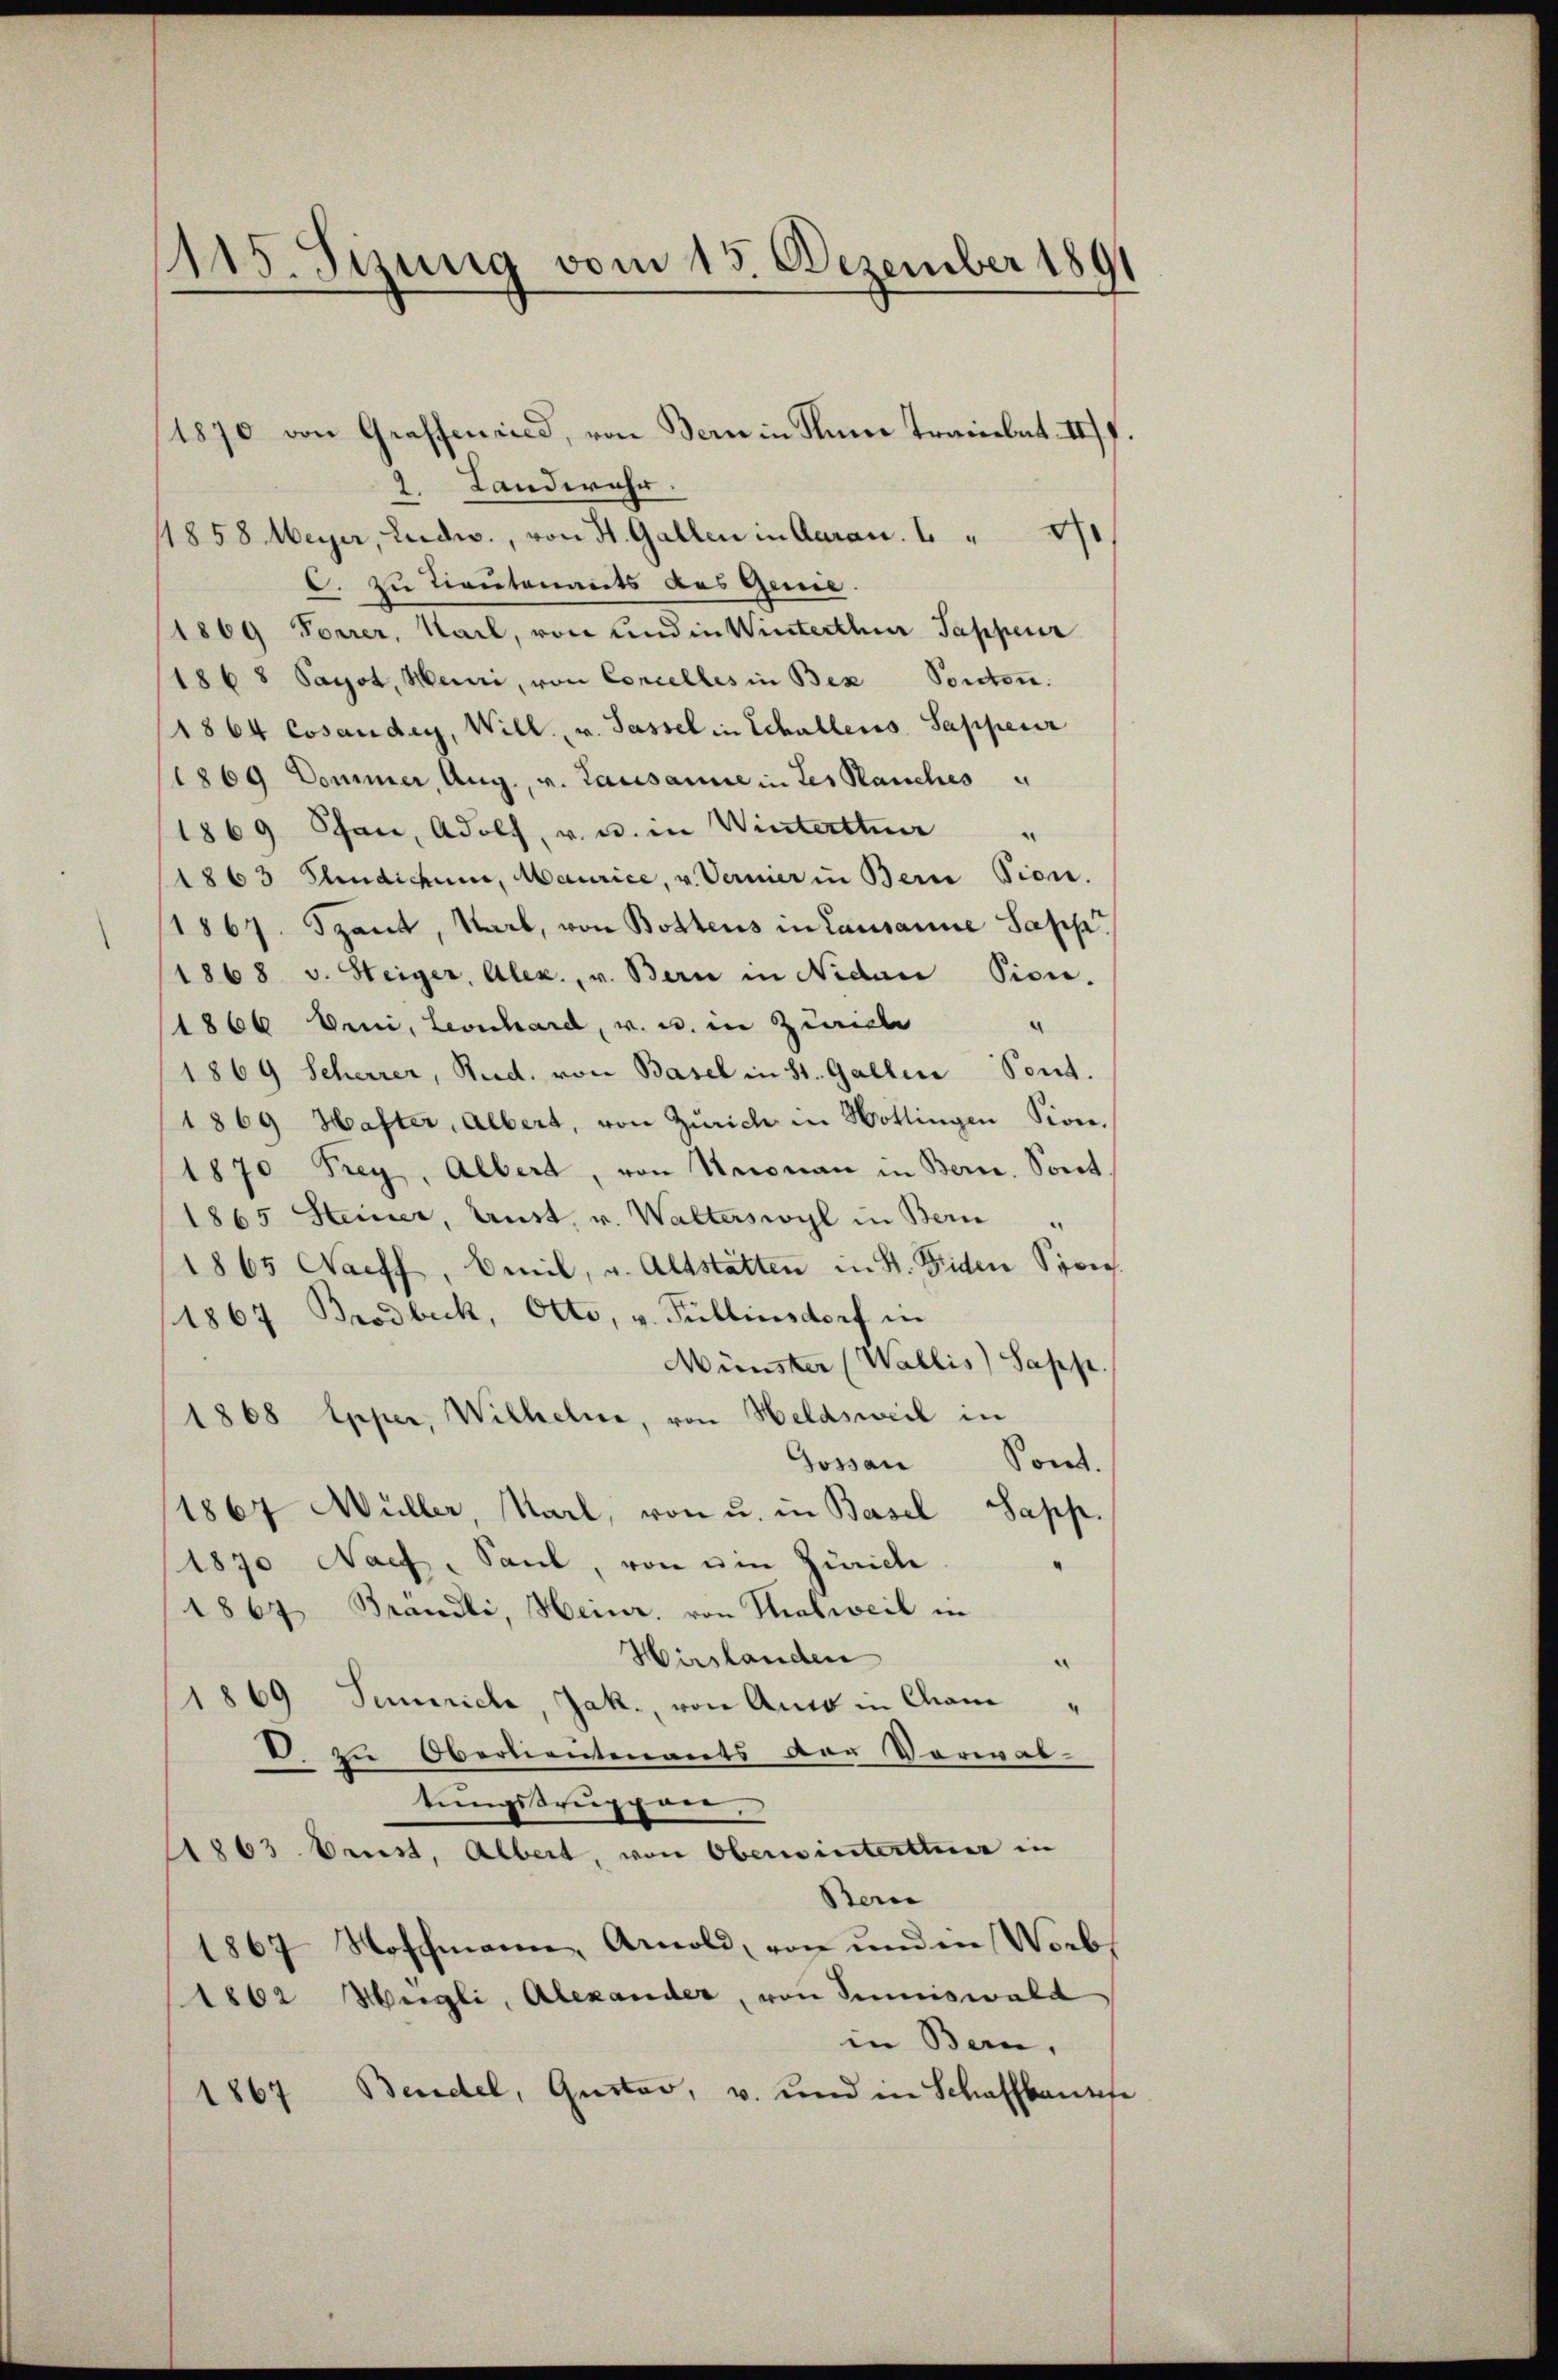
1115. Sizung vom 15. Dezember 1891

3. Landwehr.
11858 Meyer, Ludw., von St. Gallen in Aarau. I. " 10,
C. zu Tieutenants des Genie
1869 Forrer, Kail, von und in Winterthur Pappeur
1868 Sayot, Meiri, von Concelles in Bex Ponton.
(1864 Cosauder, Will. v. Tassel in Schallers Sappenir
1869 Dommer, Aug., v. Lausanne in des Rauches u
1869 Stan, Adolf, v. u. in Winterttuer "
1863 Jndicum, Maurice, u. Vernier in Bern Tion.
(1867. Spant, Karl, von Bottens in Lausanne Sapp.
1868 v. Steiger, Alex., v. Bern in Nidau Pion.
¬
1866 bei, Leonhard, v. u. in Zürich
1869 Scherrer, Rud. von Basel in St. Gallen Sont.
1869 Hafter, Albert, von Zürich in Hottingen Sion.
1870 Frey, Albert, von Knonau in Bern. Sont.
1865 Steiner, Unst, v. Walterswyl in Bern
1865 Haeff, Emil, u. Altstätten in St. Fiden Spons.
1867 Brodbeck, Otto, v. Fullinsdorf in
Münster (Wallis) Sapp.
1868 Exper, Wilhelne, von Heldsweil in
Gossau Sont.
1867 Müller, Karl, von u. in Basel Sapp.
1890 Nach Saul, von am Zürich
1867 Brändli, Heinr. von Thalweil in
Hirslanden
.
69 Semrich, Jak., von Auto in Chana
D. zu Oberlieutenants vor Vorwaltungsgruppen.
1863 brust, Albert, von Oberwinterttner in
Berne
1867 Noschmann, Arnold, von und in Worbs
1862 Hegli, Alexander, von Summiswald
in Bern,
1867 Beidel, Gustav, v. und in Schaffbaues

1870 von Graffind, von Bern in Seine Trainbat. II.